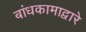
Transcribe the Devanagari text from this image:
बांधकामाद्वारे